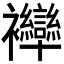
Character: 𧟗